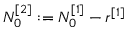
N _ { 0 } ^ { [ 2 ] } : = N _ { 0 } ^ { [ 1 ] } - r ^ { [ 1 ] }